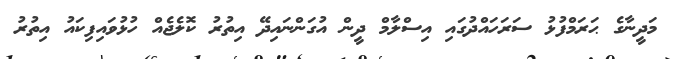
މަދީނާގެ ޙަރަމްފުޅު ސަރަހައްދުގައި އިސްލާމް ދީން އުގަންނައިދޭ އިތުރު ކޮލެޖެއް ހުޅުވައިފިކައު އިތުރު